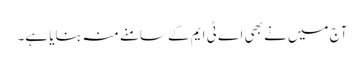
آج میں نے بھی اے ٹی ایم کے سامنے منہ بنایا ہے۔